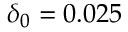
\delta _ { 0 } = 0 . 0 2 5